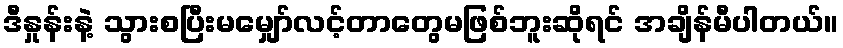
ဒီနှုန်းနဲ့ သွားစပြီးမမျှော်လင့်တာတွေမဖြစ်ဘူးဆိုရင် အချိန်မီပါတယ်။